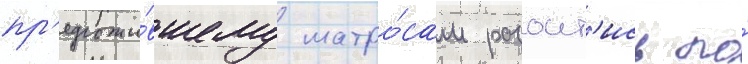
пр'едложи́вшему матро́сам разоит'ись по́